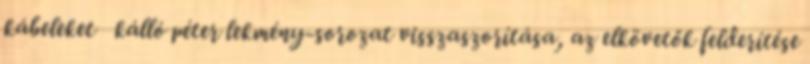
kábeleket kálló péter lekmény-sorozat visszaszorítása, az elkövetők felderítése